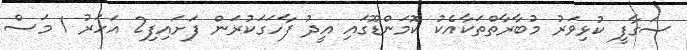
ސަގާފީ ކުޅިވަރު މުބާރާތްތަކާއެކު ކޮމަންޑޫގައި އީދު ފާހަގަކުރަން ފަށައިފި2 އަހަރު 1 މަސް